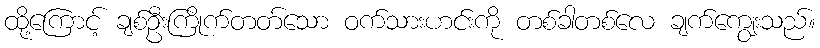
ထို့ကြောင့် ချစ်ဦးကြိုက်တတ်သော ဝက်သားဟင်းကို တစ်ခါတစ်လေ ချက်ကျွေးသည်။